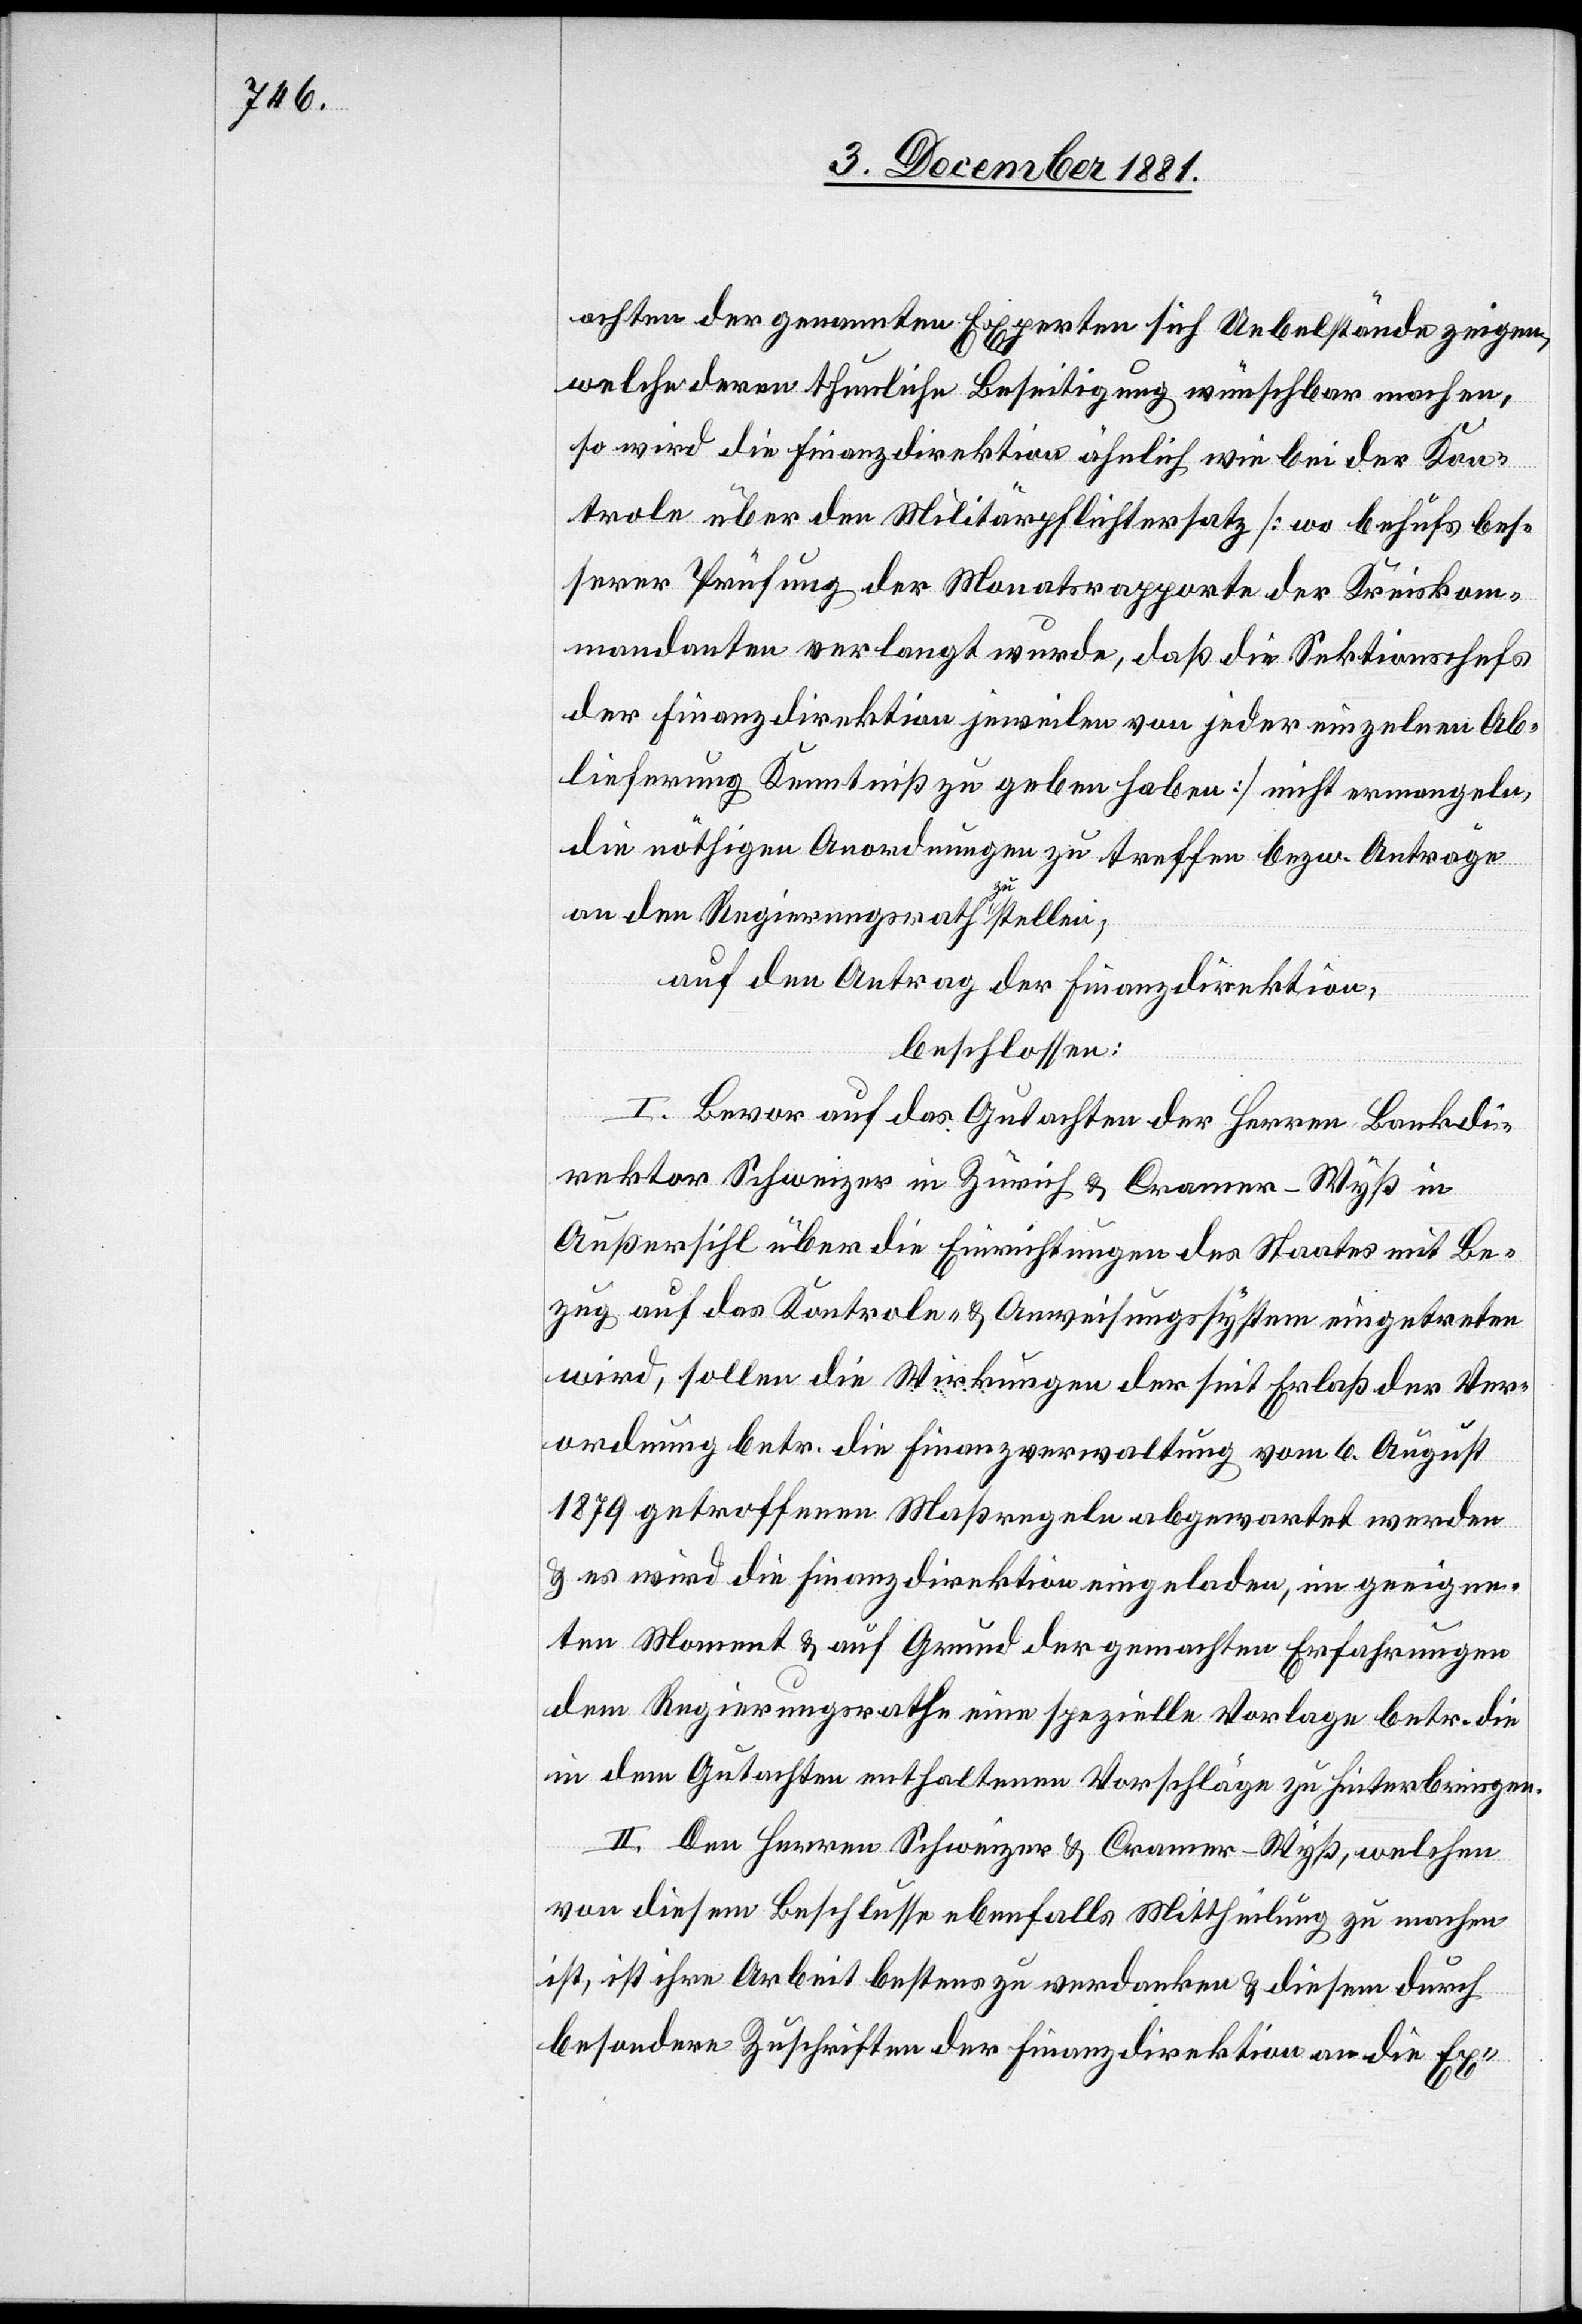
achten der genannten Experten sich Uebelstände zeigen,
welche daran thunliche Beseitigung wünschbar machen,
so wird die Finanzdirektion ähnlich wie bei der Kon¬
trole über den Militärpflichtersatz [wo behufs bes¬
serer Prüfung der Monatsrapporte der Kreiskom¬
mandanten verlangt wurde, daß die Sektionschefs
der Finanzdirektion jeweilen von jeder einzelnen Ab¬
lieferung Kenntniß zu geben haben] nicht ermangeln,
die nöthigen Anordnungen zu treffen bezw. Anträge
an den Regierungsrath zu stellen;
auf den Antrag der Finanzdirektion,
beschlossen:
I. Bevor auf das Gutachten der Herren Bankdi¬
rektor Schweizer in Zürich & Cramer-Wyß in
Außersihl über die Einrichtungen des Staates mit Be¬
zug auf das Kontrole- & Anweisungssystem eingetreten
wird, sollen die Wirkungen der seit Erlaß der Ver¬
ordnung betr. die Finanzverwaltung vom 6. August
1879 getroffenen Maßregeln abgewartet werden
& es wird die Finanzdirektion eingeladen, im geeigne¬
ten Moment & auf Grund der gemachten Erfahrungen
dem Regierungsrathe eine spezielle Vorlage betr. die
in dem Gutachten enthaltenen Vorschläge zu hinterbringen.
II. Den Herren Schweizer & Cramer-Wyß, welchen
von diesem Beschlusse ebenfalls Mittheilung zu machen
ist, ist ihre Arbeit bestens zu verdanken & diesem durch
besondere Zuschriften der Finanzdirektion an die Ex-